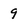
Character: 9